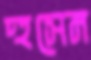
হুসেন